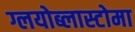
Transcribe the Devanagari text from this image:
ग्लयोब्लास्टोमा